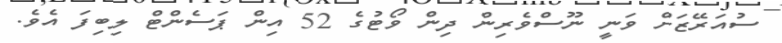
ސުއަރޭޒަށް ވަނީ ނޫސްވެރިން ދިން ވޯޓުގެ 52 އިން ޕަސެންޓް ލިބިފަ އެވެ.